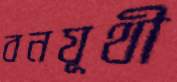
বনযূথী